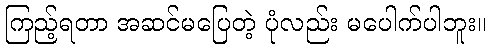
ကြည့်ရတာ အဆင်မပြေတဲ့ ပုံလည်း မပေါက်ပါဘူး။